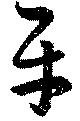
平